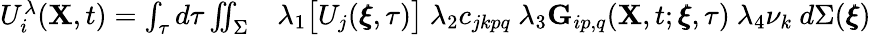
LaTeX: \begin{array}{rl}{U_{i}^{\lambda}(\mathbf{X},t)=\int_{\tau}d\tau\iint_{\Sigma}}&{{}\lambda_{1}\big[U_{j}(\pmb{\xi},\tau)\big]~\lambda_{2}c_{jkpq}~\lambda_{3}\mathbf{G}_{ip,q}(\mathbf{X},t;\pmb{\xi},\tau)~\lambda_{4}\nu_{k}~d\Sigma(\pmb{\xi})}\end{array}